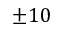
\pm 1 0